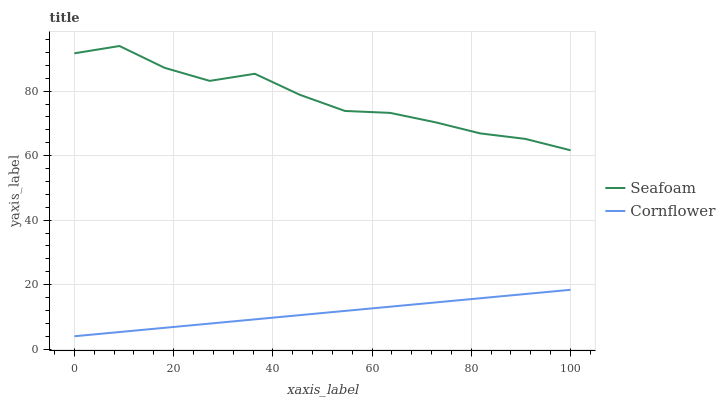
| xaxis_label | Seafoam | Cornflower |
 | --- | --- | --- |
 | 0 | 91.7 | 4 |
 | 9.09 | 94 | 5.31 |
 | 18.2 | 87.2 | 6.62 |
 | 27.3 | 83.2 | 7.93 |
 | 36.4 | 85.4 | 9.24 |
 | 45.5 | 78.9 | 10.5 |
 | 54.5 | 73.9 | 11.9 |
 | 63.6 | 73.3 | 13.2 |
 | 72.7 | 70.4 | 14.5 |
 | 81.8 | 66.9 | 15.8 |
 | 90.9 | 65.2 | 17.1 |
 | 100 | 61.7 | 18.4 |